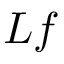
L f